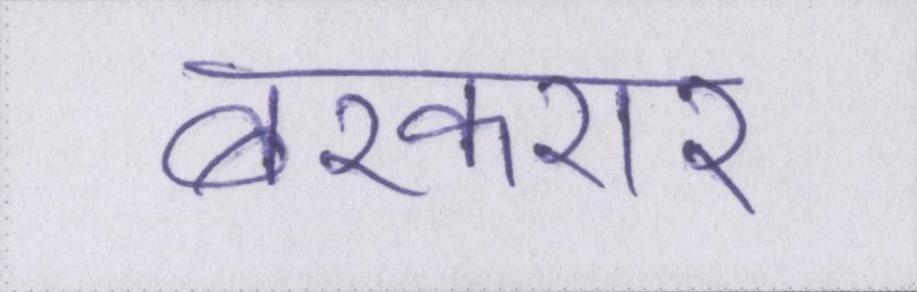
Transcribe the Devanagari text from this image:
बरकरार